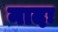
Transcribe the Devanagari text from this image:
नादः